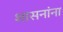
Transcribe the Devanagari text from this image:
शासनांना